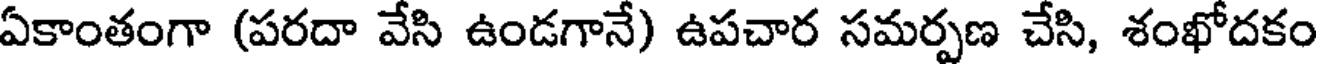
ఏకాంతంగా (పరదా వేసి ఉండగానే) ఉపచార సమర్పణ చేసి, శంఖోదకం